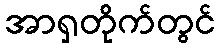
အာရှတိုက်တွင်